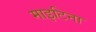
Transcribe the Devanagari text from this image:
माइटिना